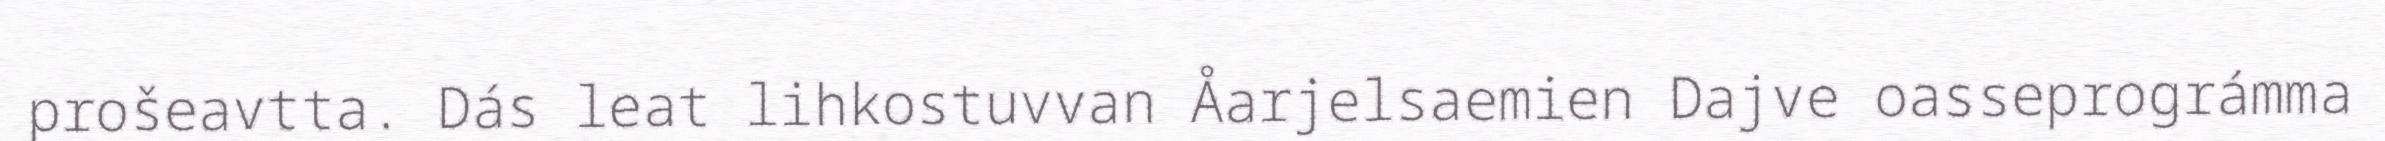
prošeavtta. Dás leat lihkostuvvan Åarjelsaemien Dajve oasseprográmma